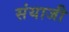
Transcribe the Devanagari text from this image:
संयाजी